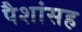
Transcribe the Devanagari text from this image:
पैशांसह